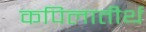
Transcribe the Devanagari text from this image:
कपिलातीर्थ